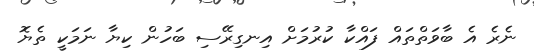
ނެރެ އެ ބާވަތްތައް ފައްކާ ކުރުމަށް އިނގިރޭސި ބަހުން ކިޔާ ނަމަކީ ތެޔޮ